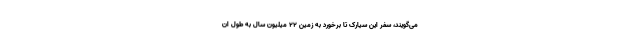
می‌گویند، سفر این سیارک تا برخورد به زمین ۲۲ میلیون سال به طول ان